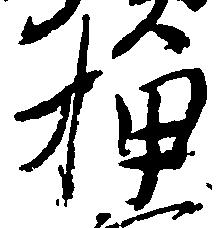
押